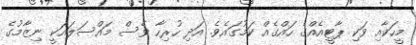
މީހަކާއި ވަކި ޕާޓީއެއްގެ ހައްގެއް ކަމުގައެވެ. އަދި ހުރިހާ ވެސް މައްސަލައަކީ ނިޒާމުގެ